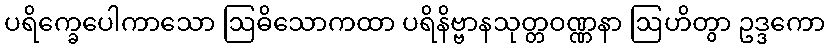
ပရိက္ခေပေါကာသော ဩဓိသောကထာ ပရိနိဗ္ဗာနသုတ္တဝဏ္ဏနာ ဩဟိတွာ ဥဒ္ဒကော